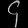
Digit: ၄